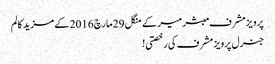
پرویز مشرف مبشر میر کے منگل 29 مارچ 2016 کے مزید کالم
جنرل پرویز مشرف کی رخصتی!